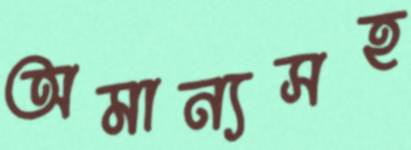
অমান্যসহ